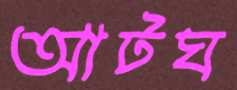
আটঘ